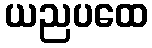
ယညပထေ